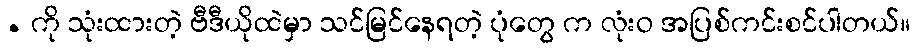
. ကို သုံးထားတဲ့ ဗီဒီယိုထဲမှာ သင်မြင်နေရတဲ့ ပုံတွေ က လုံးဝ အပြစ်ကင်းစင်ပါတယ်။